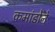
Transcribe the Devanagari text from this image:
कमांडोने